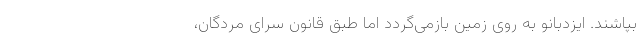
بپاشند. ایزدبانو به روی زمین بازمی‌گردد اما طبق قانون سرای مردگان،